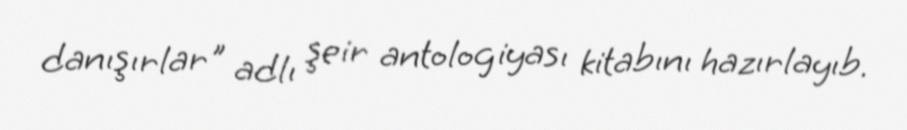
danışırlar" adlı şeir antologiyası kitabını hazırlayıb.